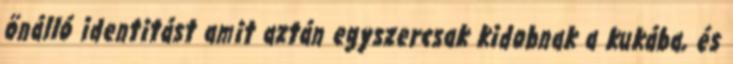
önálló identitást amit aztán egyszercsak kidobnak a kukába, és